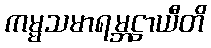
ကမ္မသမာရမ္ဘဋ္ဌာယီတိ